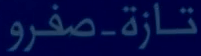
تازة-صفرو